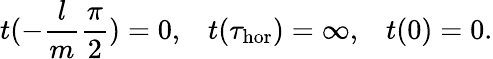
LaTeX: t(-\frac{l}{m}\frac{\pi}{2})=0,\; \; \; t(\tau_{\mathrm{hor}})=\infty,\; \; \; t(0)=0.